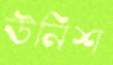
উনিশ